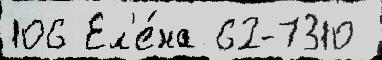
106 Ел'е́на 62-7310